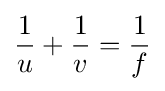
{\frac {1}{u}}+{\frac {1}{v}}={\frac {1}{f}}